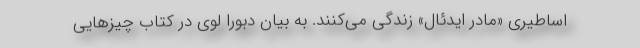
اساطیری «مادر ایدئال» زندگی می‌کنند. به بیان دبورا لوی در کتاب چیزهایی